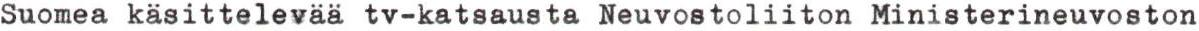
Suomea käsittelevää tv-katsausta Neuvostoliiton Ministerineuvoston